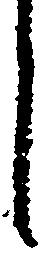
し